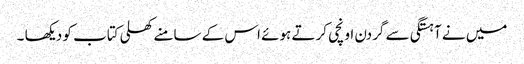
میں نے آہستگی سے گردن اونچی کرتے ہوئے اس کے سامنے کھلی کتاب کو دیکھا ۔